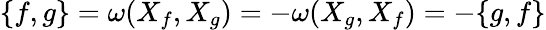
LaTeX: \{ f,g\} =\omega(X_{f},X_{g})=-\omega(X_{g},X_{f})=-\{ g,f\}